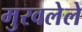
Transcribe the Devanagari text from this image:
मुरवलेले